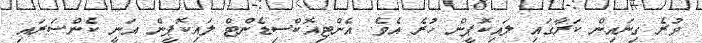
ވުރެ ގިނައިން ކަރާގައި ލައިކޮޕީން ހުރެ އެވެ. އެންޓިއޮކްސިޑެންޓް ލައިކޮޕީން އަނީ ކެންސަރައި